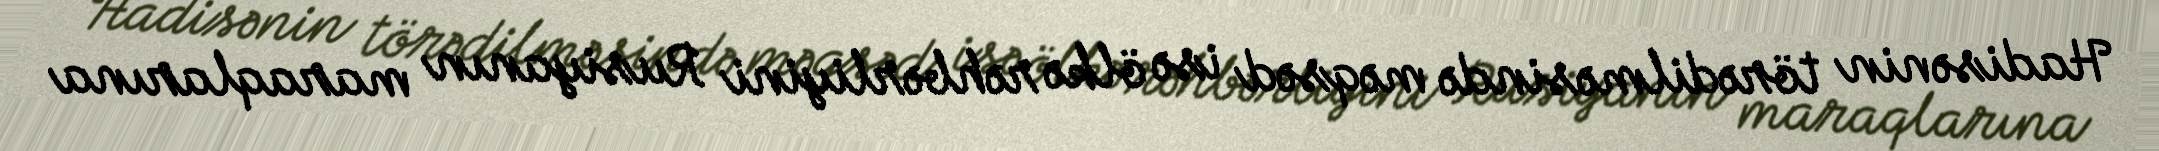
Hadisənin törədilməsində məqsəd isə ölkə rəhbərliyini Rusiyanın maraqlarına